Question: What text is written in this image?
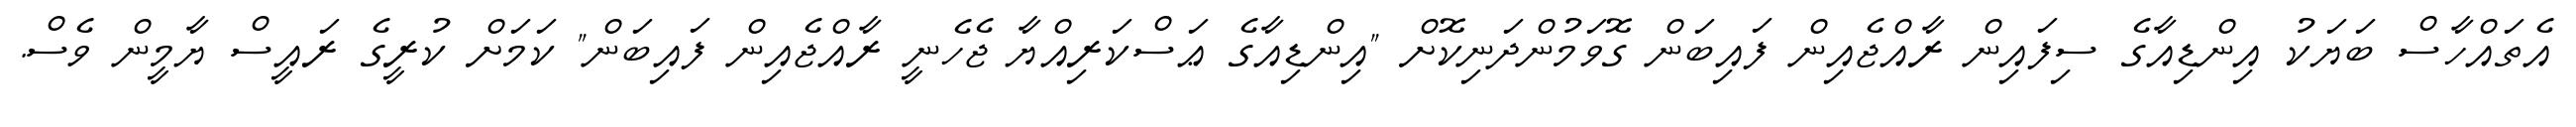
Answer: އެތައްހާސް ބަޔަކު އިންޑިއާގެ ސިފައިން ރާއްޖެއިން ފައިބަން ގޮވަމުންދަނިކޮށް "އިންޑިއާގެ ޢަސްކަރިއްޔާ ޖެހެނީ ރާއްޖެއިން ފައިބަން" ކަމަށް ކުރީގެ ރައީސް ޔާމީން ވެސް.